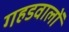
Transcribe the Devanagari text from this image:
गहडवालों